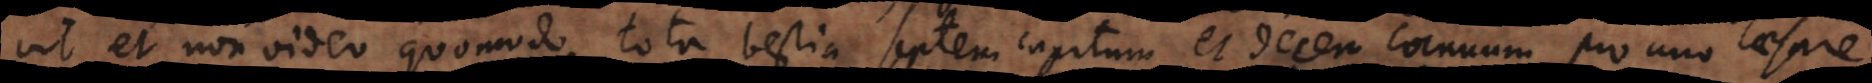
vit, et non video quomodo tota bestia septem capitum et decem cornuum pro uno Caesare